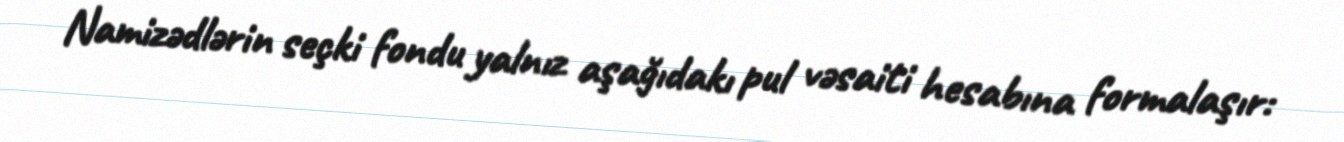
Namizədlərin seçki fondu yalnız aşağıdakı pul vəsaiti hesabına formalaşır: